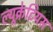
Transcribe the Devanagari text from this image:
ल्यूक्रेटियस